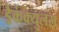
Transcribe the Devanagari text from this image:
ड्रैकंक्युलस